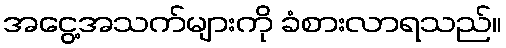
အငွေ့အသက်များကို ခံစားလာရသည်။